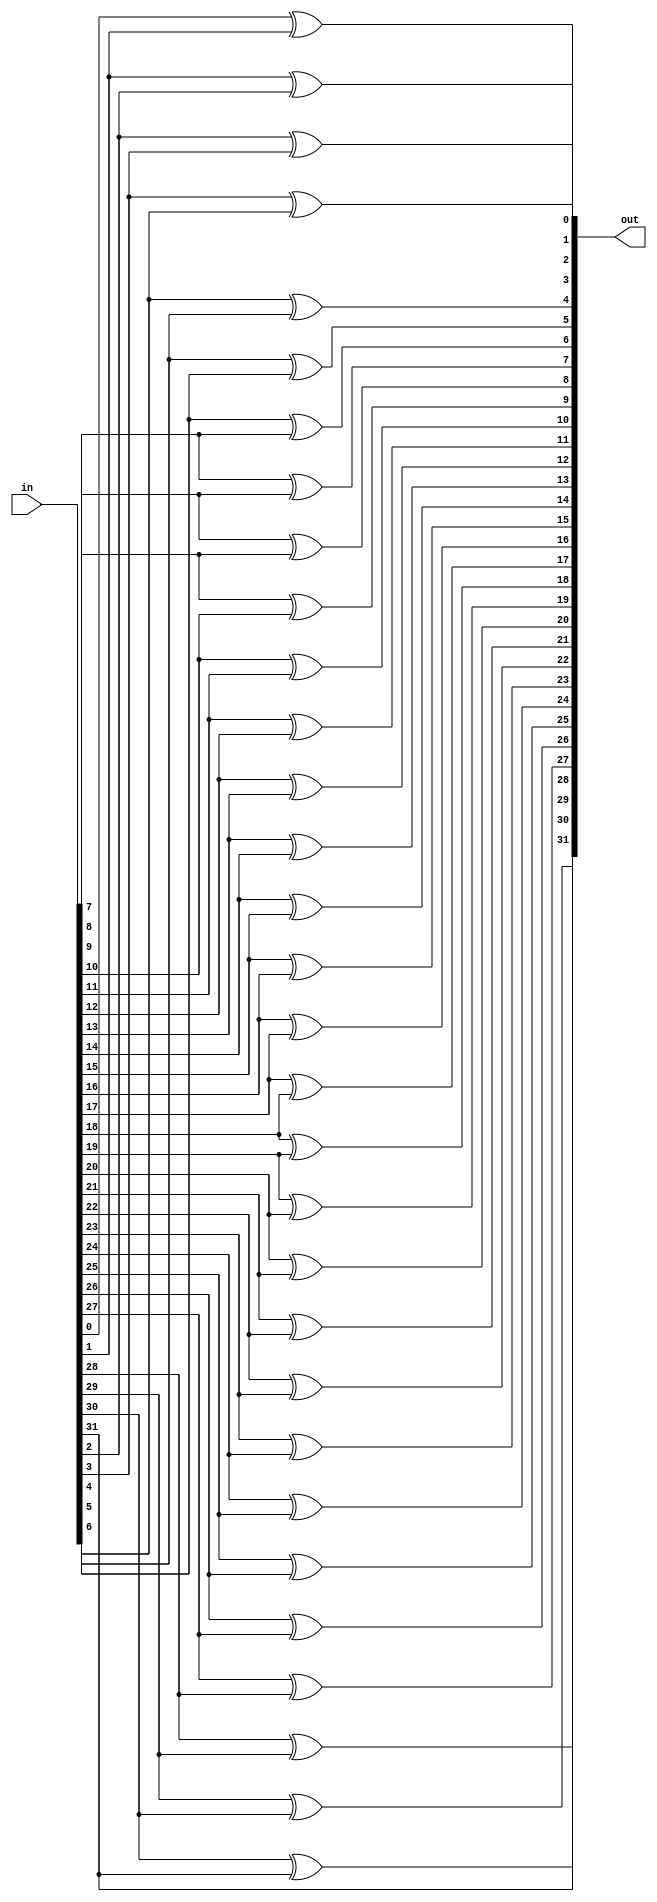
//#############################################################################
//# Function: Binary to gray encoder                                          #
//#############################################################################
//# Author:   Andreas Olofsson                                                #
//# License:  MIT (see LICENSE file in OH! repository)                        # 
//#############################################################################

module oh_bin2gray #(parameter DW = 32 // width of data inputs
		     ) 
   (
    input [DW-1:0]  in, //binary encoded input
    output [DW-1:0] out //gray encoded output
    );
   
   reg [DW-1:0]    gray; 
   wire [DW-1:0]   bin;

   integer 	   i;   

   assign bin[DW-1:0]  = in[DW-1:0];
   assign out[DW-1:0]  = gray[DW-1:0];
  
   always @*
     begin
	gray[DW-1] = bin[DW-1];   
	for (i=0; i<(DW-1); i=i+1)
	  gray[i] = bin[i] ^ bin[i+1];	      
     end
   
endmodule // oh_bin2gray